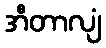
အီတာလျံ